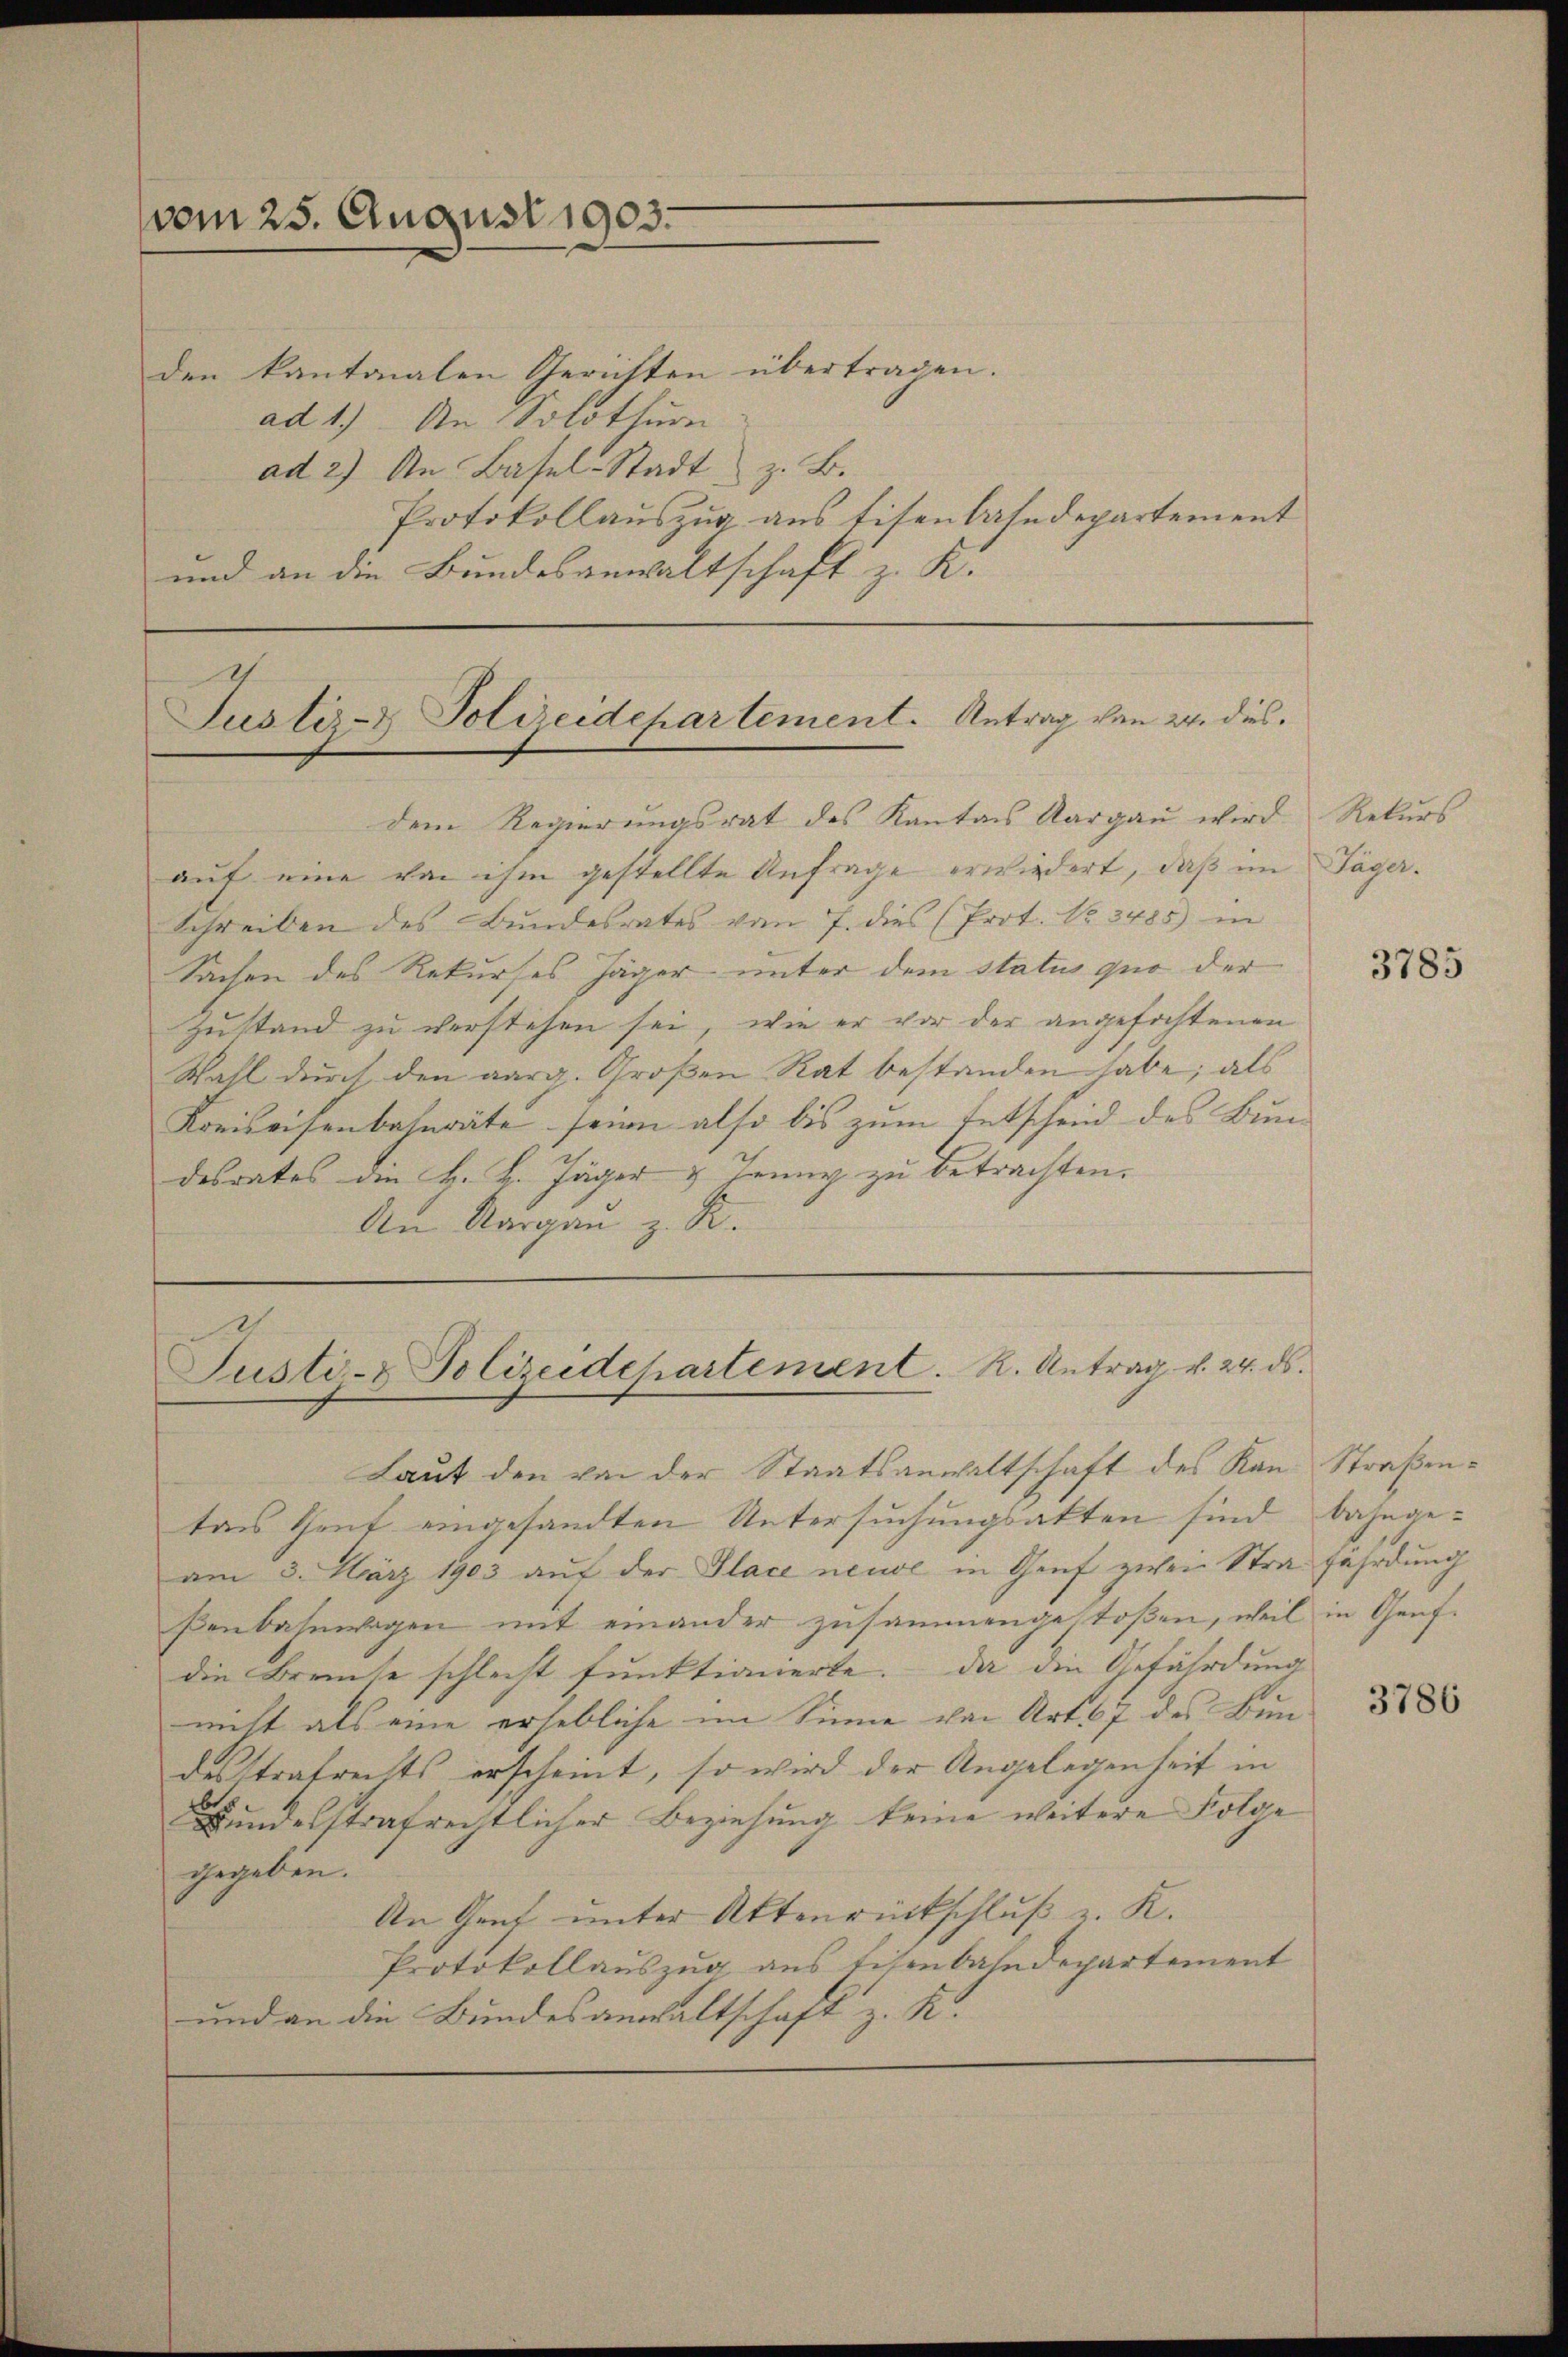
vom 25. August 1903.
den kantonalen Gerichten übertragen.

ad 1.) An Solothurn
ad 2) An Basel-Stadt z. B.
Protokollauszug aus Eisenbahndepartement
und an die Bundesanwaltschaft z. K.

Justiz- & Polizeidchartement. Antrag von 24. dies¬

dem Regierungsrat des Kantons Aargau wird
auf eine von ihm gestellte Anfrage erwiedert, daß im Jäger.
Schreiben des Bundesrates vom 7. dies (Prot. No. 3485) in
Sachen des Rekurses Jäger unter dem status quo der
Zustand zu verstehen sei, wie er vor der angefochtenen
Wahl durch den aarg. Großen Rat bestanden habe; als
Kreiseisenbahnräte seien also bis zum Entscheid des Bun-
desrates den H. H. Jäger & Jenny zu betrachten.
An Aargau z. R.

Justiz- & Polizeidepartement. R. Antrag v. 24. ds.

Laut den von der Staatsanwaltschaft des Kan Straßentens theit eingesandten Untersuchungsakten sind bahnge-
am 3. März 1903 auf der Place neuve in Genf zwei Strafährdung
ßenbahnwagen mit einander zusammengestoßen, weil in Genf.
die Brennte schlecht funktionierte. Da die Gefährdung
nicht als eine erhebliche im Sinne von Art. 67 des Fundesstrafrechts erscheint, so wird der Angelegenheit in
Bundesstrafrechtlicher Beziehung keine weitere Folge
gegeben.
An Graf unter Aktenrückschluß z. K.
Protokollauszug aus Eisenbahndepartement
und an die Bundesanwaltschaft z. K.

Rekurs

3785

3786